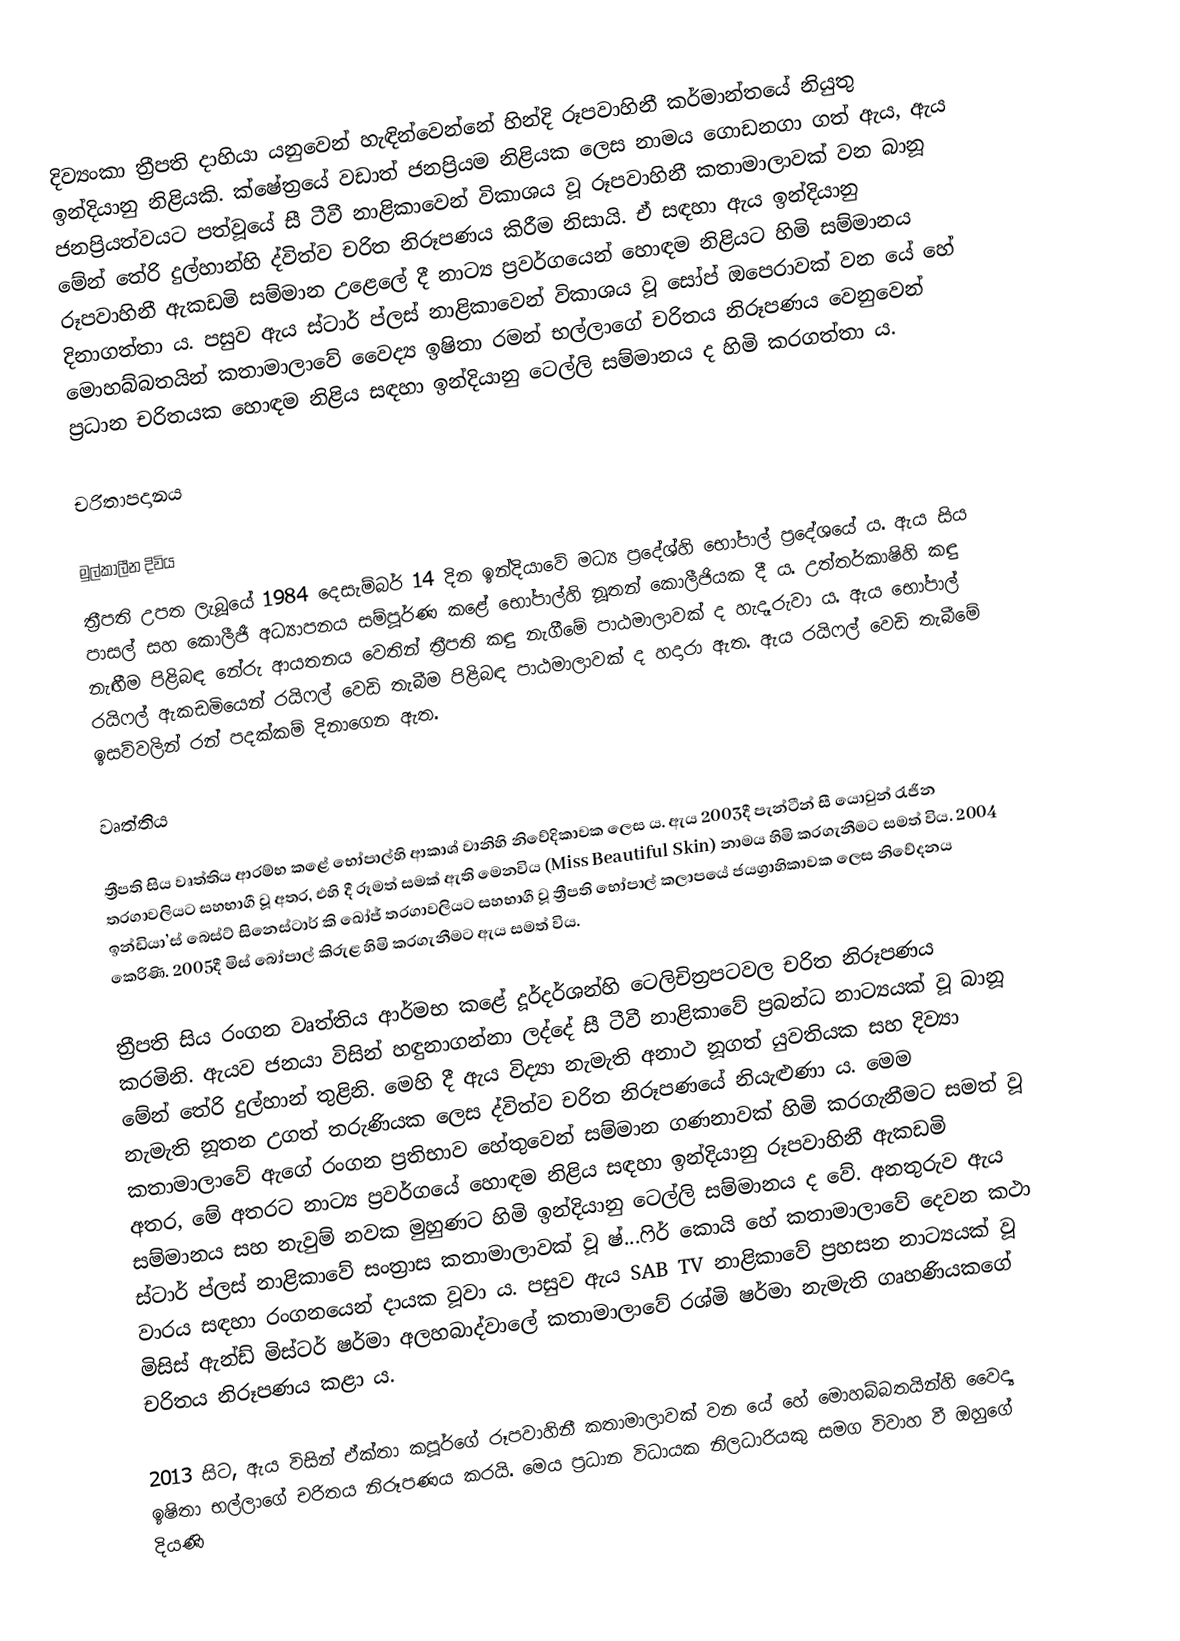
දිව්‍යංකා ත්‍රීපති දාහියා යනුවෙන් හැඳින්වෙන්නේ හින්දි රූපවාහිනී කර්මාන්තයේ නියුතු ඉන්දියානු නිළියකි. ක්ෂේත්‍රයේ වඩාත් ජනප්‍රියම නිළියක ලෙස නාමය ගොඩනගා ගත් ඇය, ඇය ජනප්‍රියත්වයට පත්වූයේ සී ටීවී නාළිකාවෙන් විකාශය වූ රූපවාහිනී කතාමාලාවක් වන බානූ මේන් තේරි දුල්හාන්හි ද්විත්ව චරිත නිරූපණය කිරීම නිසායි. ඒ සඳහා ඇය ඉන්දියානු රූපවාහිනී ඇකඩමි සම්මාන උළෙලේ දී නාට්‍ය ප්‍රවර්ගයෙන් හොඳම නිළියට හිමි සම්මානය දිනාගත්තා ය. පසුව ඇය ස්ටාර් ප්ලස් නාළිකාවෙන් විකාශය වූ සෝප් ඔපෙරාවක් වන යේ හේ මොහබ්බතයින් කතාමාලාවේ වෛද්‍ය ඉෂිතා රමන් භල්ලාගේ චරිතය නිරූපණය වෙනුවෙන් ප්‍රධාන චරිතයක හොඳම නිළිය සඳහා ඉන්දියානු ටෙල්ලි සම්මානය ද හිමි කරගත්තා ය.

චරිතාපදානය

මුල්කාලීන දිවිය
ත්‍රීපති උපත ලැබූයේ 1984 දෙසැම්බර් 14 දින ඉන්දියාවේ මධ්‍ය ප්‍රදේශ්හි භෝපාල් ප්‍රදේශ‍යේ ය. ඇය සිය පාසල් සහ කොලීජී අධ්‍යාපනය සම්පූර්ණ කළේ භෝපාල්හි නූතන් කොලීජියක දී ය. උත්තර්කාෂිහි කඳු නැඟීම පිළිබඳ නේරු ආයතනය වෙතින් ත්‍රීපති කඳු නැගීමේ පාඨමාලාවක් ද හැදෑරුවා ය. ඇය භෝපාල් රයිෆල් ඇකඩමියෙන් රයිෆල් වෙඩි තැබීම පිළිබඳ පාඨමාලාවක් ද හදාරා ඇත. ඇය රයිෆල් වෙඩි තැබීමේ ඉසව්වලින් රන් පදක්කම් දිනාගෙන ඇත.

වෘත්තිය

ත්‍රීපති සිය වෘත්තිය ආරම්භ කළේ භෝපාල්හි ආකාශ් වානිහි නිවේදිකාවක ලෙස ය. ඇය 2003දී පැන්ටීන් සී යොවුන් රැජින තරගාවලියට සහභාගී වූ අතර, එහි දී රූමත් සමක් ඇති මෙනවිය (Miss Beautiful Skin) නාමය හිමි කරගැනීමට සමත් විය. 2004 ඉන්ඩියා’ස් බෙස්ට් සිනෙස්ටාර් කි ඛෝජ් තරගාවලියට සහභාගී වූ ත්‍රීපති භෝපාල් කලාපයේ ජයග්‍රාහිකාවක ලෙස නිවේදනය කෙරිණි. 2005දී මිස් බෝපාල් කිරුළ හිමි කරගැනීමට ඇය සමත් විය.

ත්‍රීපති සිය රංගන වෘත්තිය ආර්මභ කළේ දූර්දර්ශන්හි ටෙලිචිත්‍රපටවල චරිත නිරූපණය කරමිනි. ඇයව ජනයා විසින් හඳුනාගන්නා ලද්දේ සී ටීවී නාළිකාවේ ප්‍රබන්ධ නාට්‍යයක් වූ බානූ මේන් තේරි දුල්හාන් තුළිනි. මෙහි දී ඇය විද්‍යා නැමැති අනාථ නූගත් යුවතියක සහ දිව්‍යා නැමැති නූතන උගත් තරුණියක ලෙස ද්විත්ව චරිත නිරූපණයේ නියැළුණා ය. මෙම කතාමාලාවේ ඇගේ රංගන ප්‍රතිභාව හේතුවෙන් සම්මාන ගණනාවක් හිමි කරගැනීමට සමත් වූ අතර, මේ අතරට නාට්‍ය ප්‍රවර්ගයේ හොඳම නිළිය සඳහා ඉන්දියානු රූපවාහිනී ඇකඩමි සම්මානය සහ නැවුම් නවක මුහුණට හිමි ඉන්දියානු ටෙල්ලි සම්මානය ද වේ. අනතුරුව ඇය ස්ටාර් ප්ලස් නාළිකා‍වේ සංත්‍රාස කතාමාලාවක් වූ ෂ්...ෆිර් කොයි හේ කතාමාලාවේ දෙවන කථා වාරය සඳහා රංගනයෙන් දායක වූවා ය. පසුව ඇය SAB TV නාළිකාවේ ප්‍රහසන නාට්‍යයක් වූ මිසිස් ඇන්ඩ් මිස්ටර් ෂර්මා අලහබාද්වාලේ කතාමාලාවේ රශ්මි ෂර්මා නැමැති ගෘහණියකගේ චරිතය නිරූපණය කළා ය.

2013 සිට, ඇය විසින් ඒක්තා කපූර්ගේ රූපවාහිනී කතාමාලාවක් වන යේ හේ මොහබ්බතයින්හි වෛද්‍ය ඉෂිතා භල්ලාගේ චරිතය නිරූපණය කරයි. මෙය ප්‍රධාන විධායක නිලධාරියකු සමග විවාහ වී ඔහුගේ දියණි